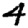
Digit: 4